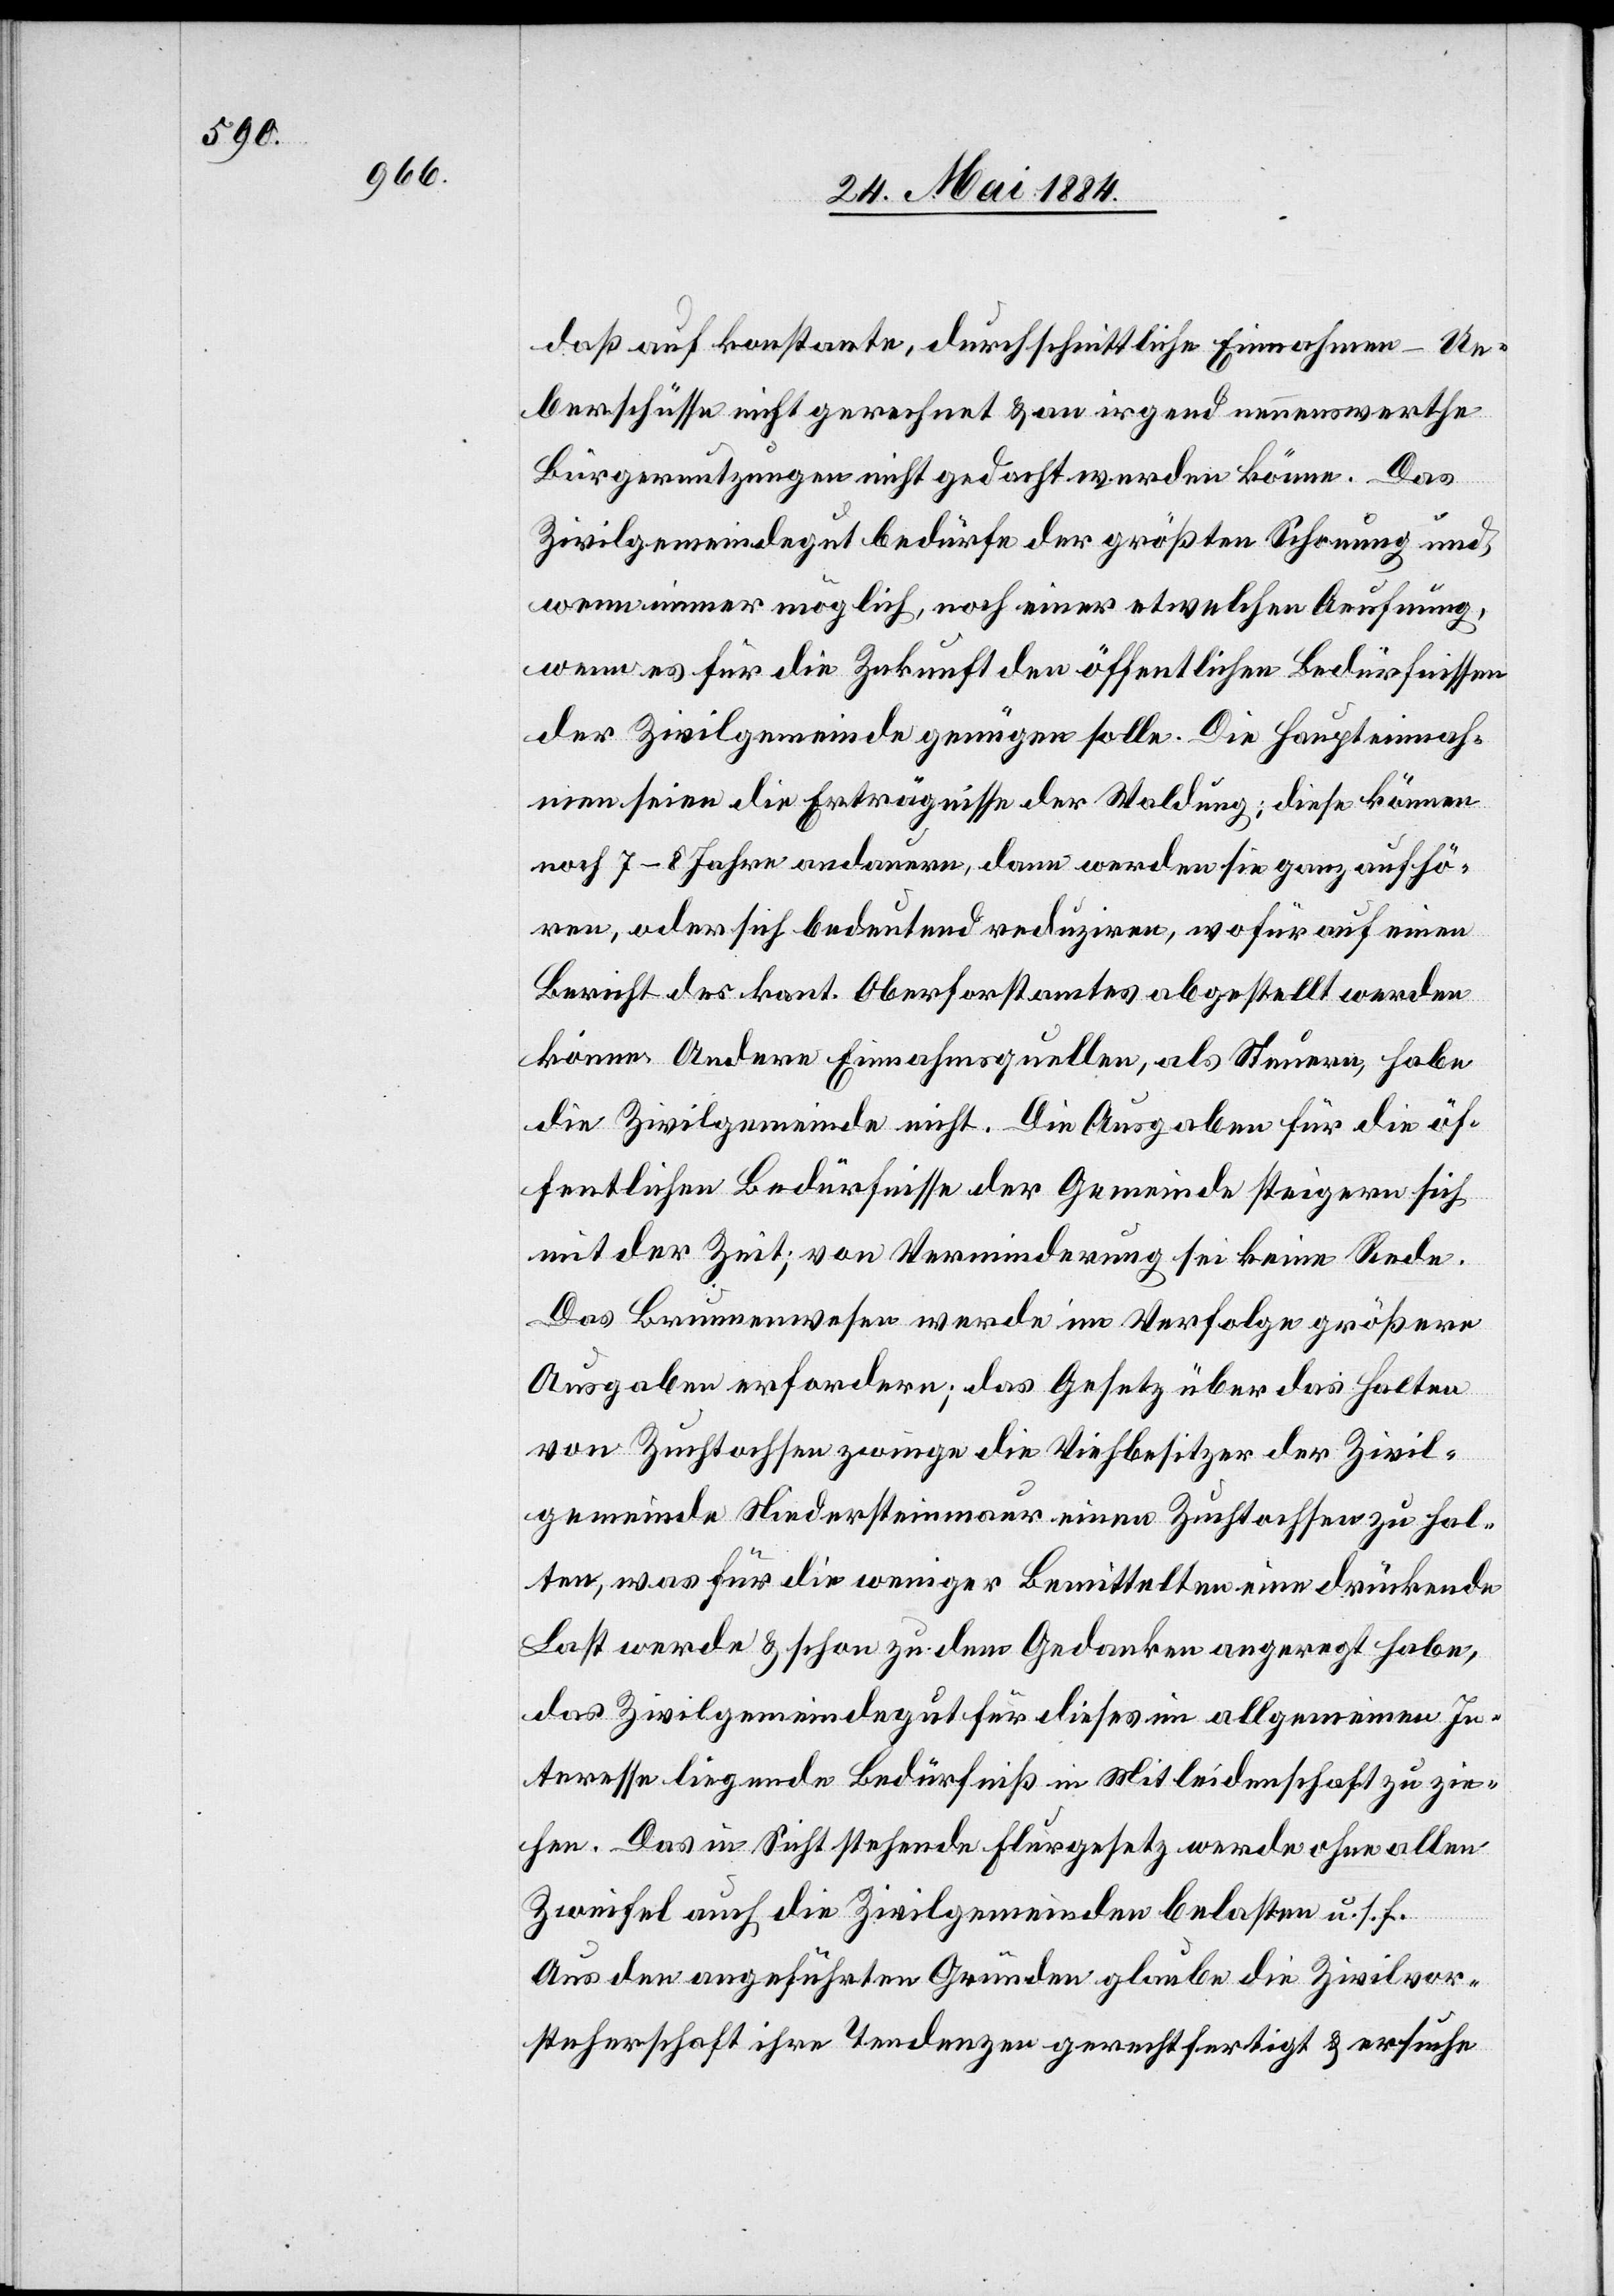
daß auf konstante, durchschnittliche Einnahmen Ue¬
berschüsse nicht gerechnet & an irgend nennenswerthe
Bürgernutzungen nicht gedacht werden könne. Das
Zivilgemeindegut bedürfe der größten Schonung und,
wenn immer möglich, noch einer etwelchen Aeufnung,
wenn es für die Zukunft den öffentlichen Bedürfnissen
der Zivilgemeinde genügen solle. Die Haupteinnah¬
men seien die Erträgnisse der Waldung; diese können
noch 7–8 Jahre andauern, dann werden sie ganz aufhö¬
ren, oder sich bedeutend reduziren, wofür auf einen
Bericht des kant. Oberforstamtes abgestellt werden
könne. Andere Einnahmsquellen, als Steuern, habe
die Zivilgemeinde nicht. Die Ausgaben für die öf¬
fentlichen Bedürfnisse der Gemeinde steigern sich
mit der Zeit; von Verminderung sei keine Rede.
Das Brunnenwesen werde im Verfolge größere
Ausgaben erfordern; das Gesetz über das Halten
von Zuchtochsen zwinge die Viehbesitzer der Zivil¬
gemeinde Niedersteinmaur einen Zuchtochsen zu hal¬
ten, was für die weniger Bemittelten eine drückende
Last werde & schon zu dem Gedanken angeregt habe,
das Zivilgemeindegut für dieses im allgemeinen In¬
teresse liegende Bedürfniß in Mitleidenschaft zu zie¬
hen. Das in Sicht stehende Flurgesetz werde ohne allen
Zweifel auch die Zivilgemeinde belasten u. s. f.
Aus den angeführten Gründen glaube die Zivilvor¬
steherschaft ihre Tendenzen gerechtfertigt & ersuche